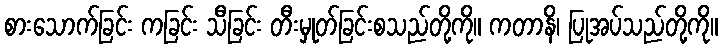
စားသောက်ခြင်း ကခြင်း သီခြင်း တီးမှုတ်ခြင်းစသည်တို့ကို။ ကတာနိ၊ ပြုအပ်သည်တို့ကို။